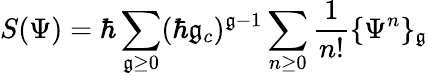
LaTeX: S(\Psi)=\hbar\sum_{\mathfrak{g}\geq0}(\hbar\mathfrak{g}_{c})^{\mathfrak{g}-1}\sum_{n\geq0}{\frac{{1}}{{n!}}}\{ \Psi^{n}\} _{\mathfrak{g}}